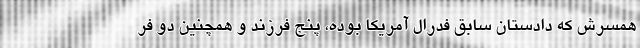
همسرش که دادستان سابق فدرال آمریکا بوده، پنج فرزند و همچنین دو فر